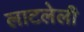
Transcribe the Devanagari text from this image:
लाटलेली